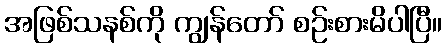
အဖြစ်သနစ်ကို ကျွန်တော် စဉ်းစားမိပါပြီ။